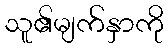
သူ၏မျက်နှာကို